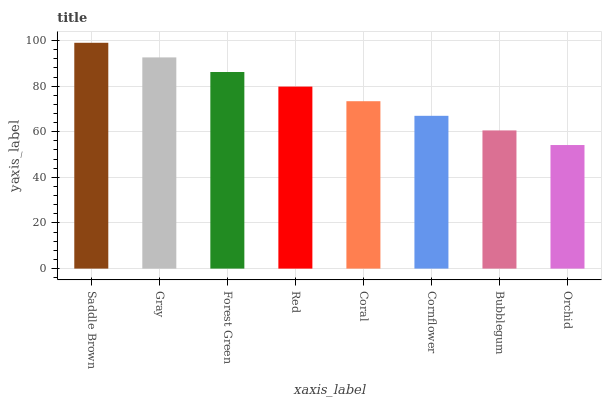
| xaxis_label | bars |
 | --- | --- |
 | Saddle Brown | 99 |
 | Gray | 92.6 |
 | Forest Green | 86.2 |
 | Red | 79.8 |
 | Coral | 73.4 |
 | Cornflower | 67 |
 | Bubblegum | 60.6 |
 | Orchid | 54.2 |